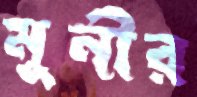
মুনীর